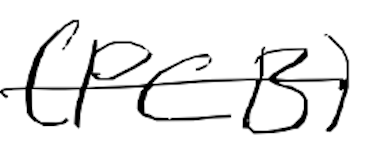
Text: (PCB)
Cross-out: single-line
Writing tool: digital_black